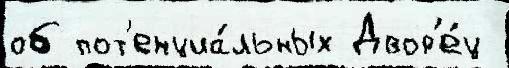
об пот'енциа́льных Двор'е́ц